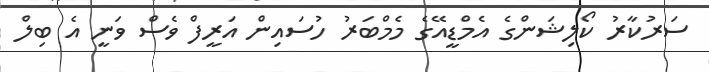
ސަރުކާރު ކޯލިޝަންގެ އެމްޑީއޭގެ މެމްބަރު ހުސައިން އަރީފް ވެސް ވަނީ އެ ބިލް